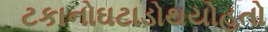
ટકાનોઘટાડોથયોહતો